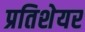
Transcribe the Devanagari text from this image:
प्रतिशेयर